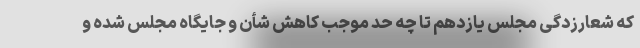
که شعارزدگی مجلس یازدهم تا چه حد موجب کاهش شأن و جایگاه مجلس شده و